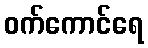
ဝက်ကောင်ရေ